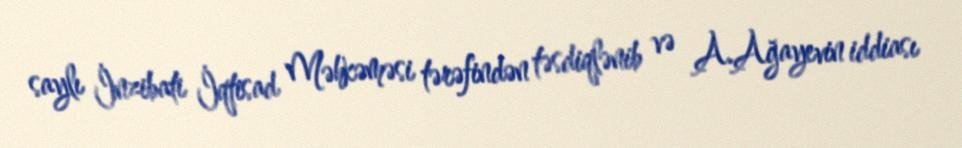
saylı İnzibati İqtisad Məhkəməsi tərəfindən təsdiqlənib və A.Ağayevin iddiası